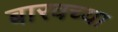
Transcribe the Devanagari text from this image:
बारवच्या